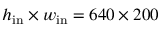
h _ { \mathrm { i n } } \times w _ { \mathrm { i n } } = 6 4 0 \times 2 0 0